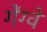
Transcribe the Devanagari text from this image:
गेंग्वे